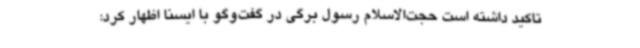
تاکید داشته است حجت‌الاسلام رسول برگی در گفت‌وگو با ایسنا اظهار کرد: